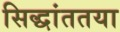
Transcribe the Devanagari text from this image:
सिद्धांततया